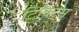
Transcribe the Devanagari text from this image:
टिविट्स